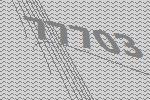
77703